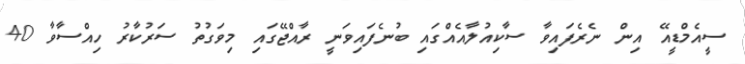
ސީއެމްޑީއޭ އިން ނެރެފައިވާ ސާކިއުލާއެއްގައި ބުނެފައިވަނީ ރާއްޖޭގައި މިވަގުތު ސަރުކާރު ހިއްސާވާ 40